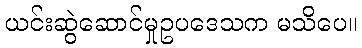
ယင်းဆွဲဆောင်မှုဥပဒေသက မသိပေ။